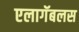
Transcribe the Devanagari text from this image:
एलागॅबलस